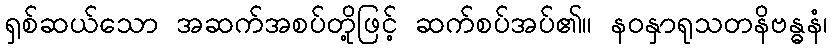
ရှစ်ဆယ်သော အဆက်အစပ်တို့ဖြင့် ဆက်စပ်အပ်၏။ နဝနှာရုသတနိဗန္ဓနံ၊